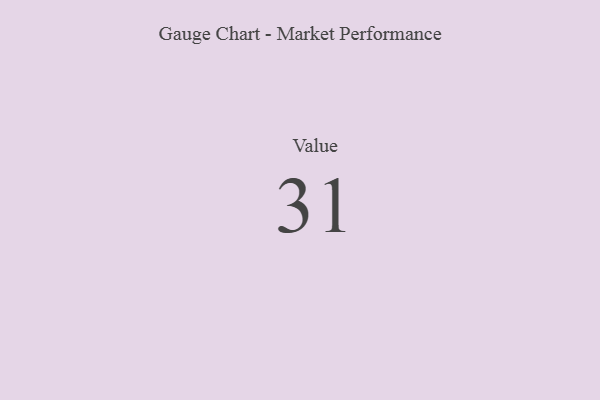
{"axis": {"x": "Metric", "y": "Value"}, "legend": [""], "data": [{"x": "Value", "y": 31, "type": ""}]}